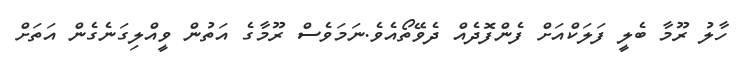
ހާލު ރޫމާ ބެލީ ފަލަކްއަށް ފެންފޮދެއް ދެވޭތޯއެވެ.ނަމަވެސް ރޫމާގެ އަތުން ވީއްލިގަނެގެން އަތަށް